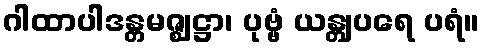
ဂါထာပါဒန္တမဇ္ဈဋ္ဌာ၊ ပုဗ္ဗံ ယန္တျပရေ ပရံ။